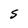
Character: S